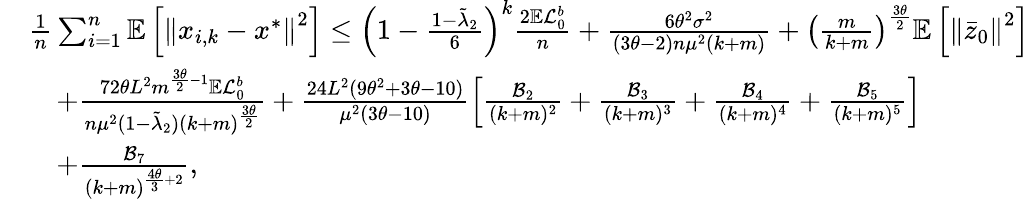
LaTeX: \begin{array}{rl}&{\frac{1}{n}\sum_{i=1}^{n}\mathbb{E}\left[\left\Vert x_{i,k}-x^{*}\right\Vert^{2}\right]\leq\left(1-\frac{1-\tilde{\lambda}_{2}}{6}\right)^{k}\frac{2\mathbb{E}\mathcal{L}_{0}^{b}}{n}+\frac{6\theta^{2}\sigma^{2}}{(3\theta-2)n\mu^{2}(k+m)}+\left(\frac{m}{k+m}\right)^{\frac{3\theta}{2}}\mathbb{E}\left[\left\Vert\bar{z}_{0}\right\Vert^{2}\right]}\\ &{\quad+\frac{72\theta L^{2}m^{\frac{3\theta}{2}-1}\mathbb{E}\mathcal{L}_{0}^{b}}{n\mu^{2}(1-\tilde{\lambda}_{2})(k+m)^{\frac{3\theta}{2}}}+\frac{24L^{2}(9\theta^{2}+3\theta-10)}{\mu^{2}(3\theta-10)}\left[\frac{\mathcal{B}_{2}}{(k+m)^{2}}+\frac{\mathcal{B}_{3}}{(k+m)^{3}}+\frac{\mathcal{B}_{4}}{(k+m)^{4}}+\frac{\mathcal{B}_{5}}{(k+m)^{5}}\right]}\\ &{\quad+\frac{\mathcal{B}_{7}}{(k+m)^{\frac{4\theta}{3}+2}},}\end{array}